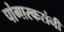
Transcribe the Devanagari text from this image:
पांगारकरांनी